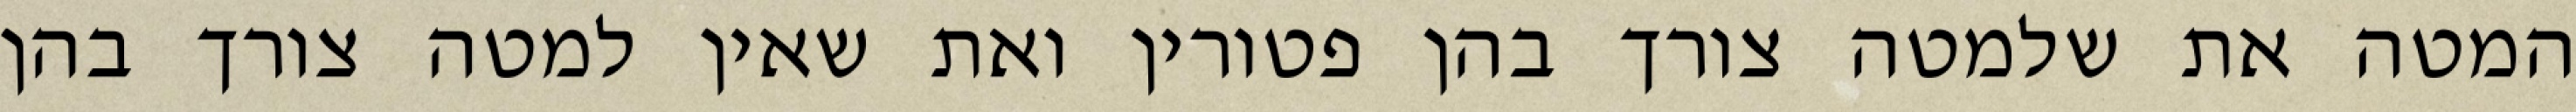
המטה את שלמטה צורך בהן פטורין ואת שאין למטה צורך בהן